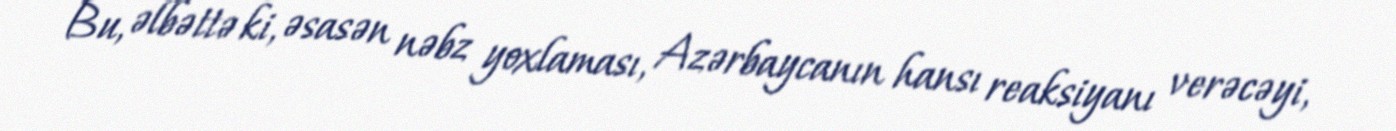
Bu, əlbəttə ki, əsasən nəbz yoxlaması, Azərbaycanın hansı reaksiyanı verəcəyi,